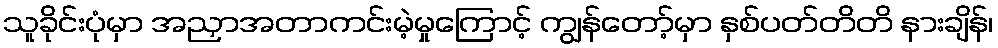
သူခိုင်းပုံမှာ အညှာအတာကင်းမဲ့မှုကြောင့် ကျွန်တော့်မှာ နှစ်ပတ်တိတိ နားချိန်၊